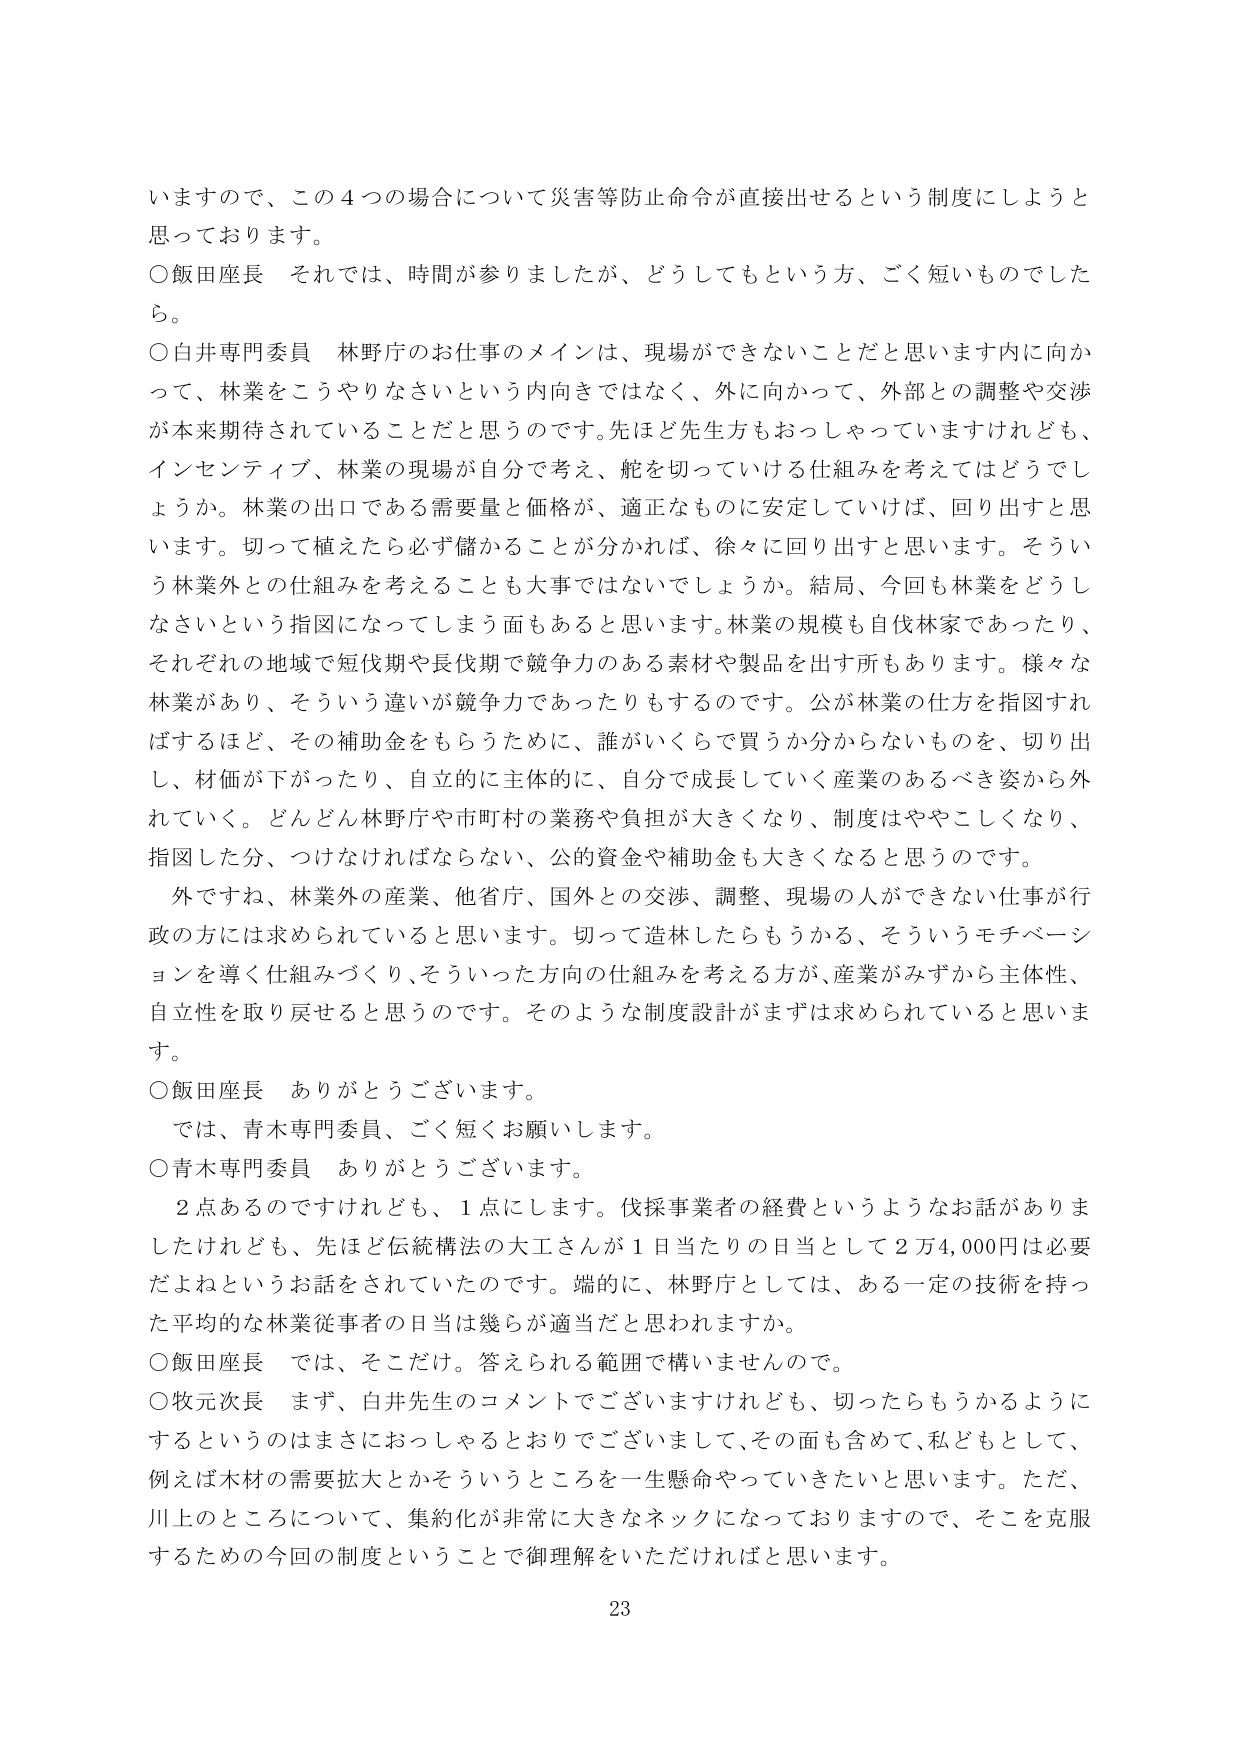
いますので、この４つの場合について災害等防止命令が直接出せるという制度にしようと思っております。

○飯田座長　それでは、時間が参りましたが、どうしてもという方、ごく短いものでしたら。

○白井専門委員　林野庁のお仕事のメインは、現場ができないことだと思います内に向かって、林業をこうやりなさいという内向きではなく、外に向かって、外部との調整や交渉が本来期待されていることだと思うのです。先ほど先生方もおっしゃっていますけれども、インセンティブ、林業の現場が自分で考え、舵を切っていける仕組みを考えてはどうでしょうか。林業の出口である需要量と価格が、適正なものに安定していけば、回り出すと思います。切って植えたら必ず儲かることが分かれば、徐々に回り出すと思います。そういう林業外との仕組みを考えることも大事ではないでしょうか。結局、今回も林業をどうしなさいという指図になってしまう面もあると思います。林業の規模も自伐林家であったり、それぞれの地域で短伐期や長伐期で競争力のある素材や製品を出す所もあります。様々な林業があり、そういう違いが競争力であったりもするのです。公が林業の仕方を指図すればするほど、その補助金をもらうために、誰がいくらで買うか分からないものを、切り出し、材価が下がったり、自立的に主体的に、自分で成長していく産業のあるべき姿から外れていく。どんどん林野庁や市町村の業務や負担が大きくなり、制度はややこしくなり、指図した分、つけなければならない、公的資金や補助金も大きくなると思うのです。

外ですれ、林業外の産業、他省庁、国外との交渉、調整、現場の人ができない仕事が行政の方には求められていると思います。切って造林したらもうかる、そういうモチベーションを導く仕組みづくり、そういった方向の仕組みを考える方が、産業がみずから主体性、自立性を取り戻せると思うのです。そのような制度設計がまずは求められていると思います。

○飯田座長　ありがとうございます。

では、青木専門委員、ごく短くお願いします。

○青木専門委員　ありがとうございます。

２点あるのですけれども、１点にします。伐採事業者の経費というようなお話がありましたけれども、先ほど伝統構法の大工さんが１日当たりの日当として２万４,０００円は必要だよねというお話をされていたのです。端的に、林野庁としては、ある一定の技術を持った平均的な林業従事者の日当は幾らが適当だと思われますか。

○飯田座長　では、そこだけ。答えられる範囲で構いませんので。

○牧元次長　まず、白井先生のコメントでございますけれども、切ったらもうかるようにするというのはまさにおっしゃるとおりでございまして、その面も含めて、私どもとして、例えば木材の需要拡大とかそういうところを一生懸命やっていきたいと思います。ただ、川上のところについて、集約化が非常に大きなネックになっておりますので、そこを克服するための今回の制度ということで御理解をいただければと思います。

23